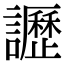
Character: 讈